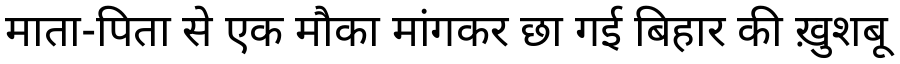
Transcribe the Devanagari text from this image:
माता-पिता से एक मौका मांगकर छा गई बिहार की ख़ुशबू